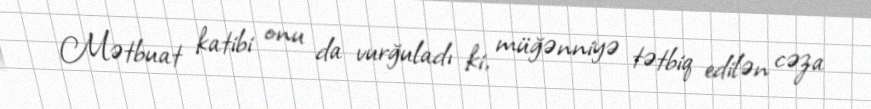
Mətbuat katibi onu da vurğuladı ki, müğənniyə tətbiq edilən cəza